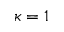
\kappa = 1